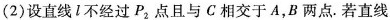
(2) 设直线 l 不经过 P _ { 2 } 点且与 C 相交于 A，B 两点。若直线